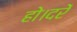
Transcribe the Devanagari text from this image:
हो।दरें